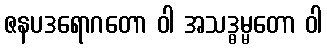
ဇနပဒရောဂတော ဝါ အသဒ္ဓမ္မတော ဝါ